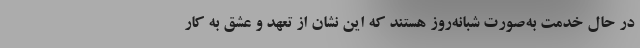
در حال خدمت به‌صورت شبانه‌روز هستند که این نشان از تعهد و عشق به کار